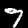
Label: 7